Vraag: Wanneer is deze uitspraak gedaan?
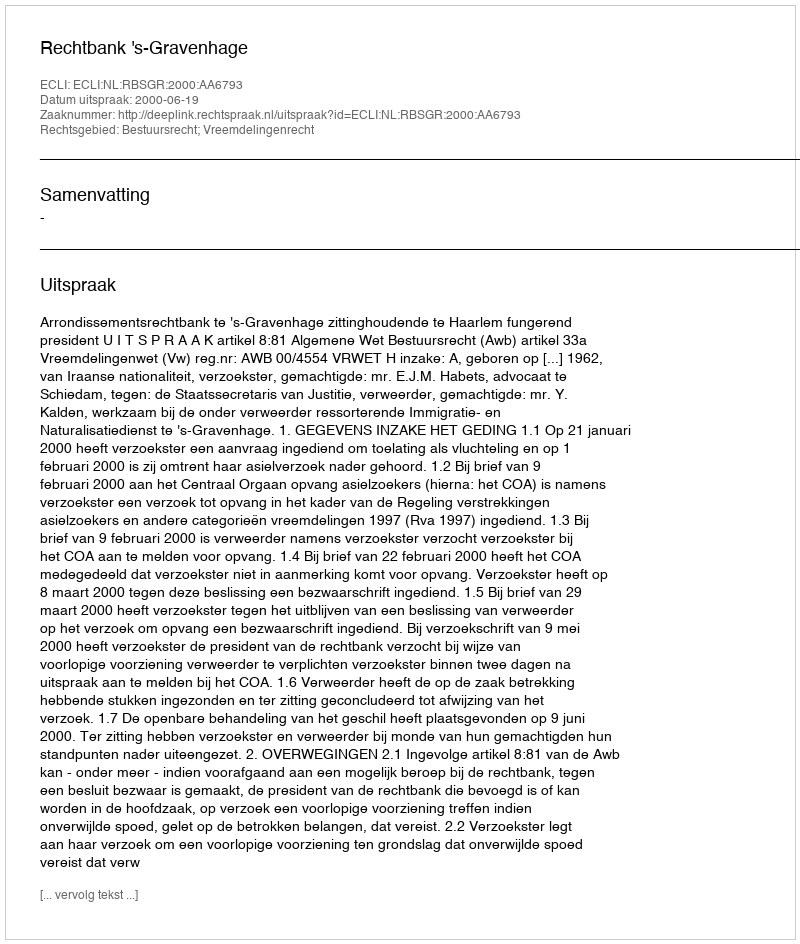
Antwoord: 2000-06-19